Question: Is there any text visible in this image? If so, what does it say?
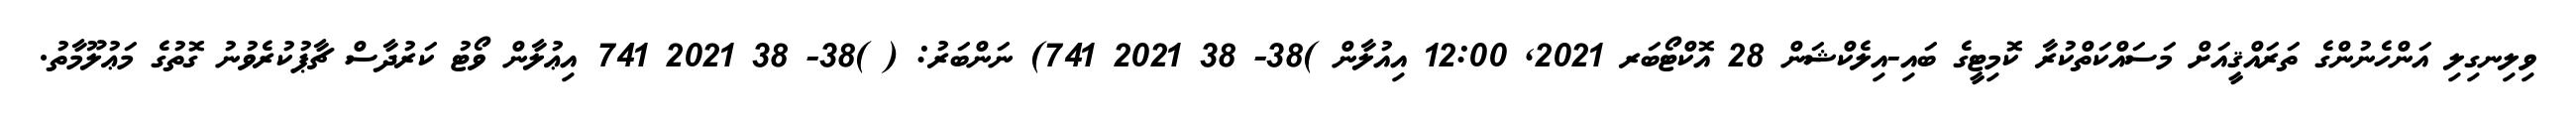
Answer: ވިލިނގިލި އަންހެނުންގެ ތަރައްޤީއަށް މަސައްކަތްކުރާ ކޮމިޓީގެ ބައި-އިލެކްޝަން 28 އޮކްޓޯބަރ 2021, 12:00 އިއުލާން )38- 38 2021 741) ނަންބަރު: ( )38- 38 2021 741 އިޢުލާން ވޯޓު ކަރުދާސް ޗާޕުކުރެވުނު ގޮތުގެ މަޢުލޫމާތު.